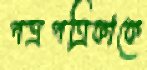
পত্রপত্রিকাকে